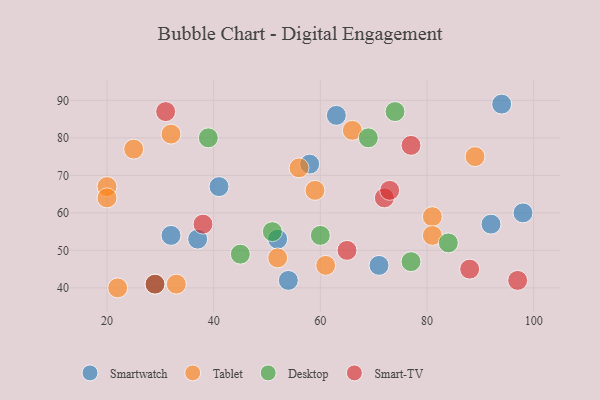
{"axis": {"x": "GDP", "y": "Life Expectancy"}, "legend": ["Desktop", "Smart-TV", "Smartwatch", "Tablet"], "data": [{"x": "71", "y": 46, "type": "Smartwatch"}, {"x": "52", "y": 53, "type": "Smartwatch"}, {"x": "92", "y": 57, "type": "Smartwatch"}, {"x": "63", "y": 86, "type": "Smartwatch"}, {"x": "32", "y": 54, "type": "Smartwatch"}, {"x": "37", "y": 53, "type": "Smartwatch"}, {"x": "41", "y": 67, "type": "Smartwatch"}, {"x": "58", "y": 73, "type": "Smartwatch"}, {"x": "94", "y": 89, "type": "Smartwatch"}, {"x": "98", "y": 60, "type": "Smartwatch"}, {"x": "54", "y": 42, "type": "Smartwatch"}, {"x": "66", "y": 82, "type": "Tablet"}, {"x": "20", "y": 67, "type": "Tablet"}, {"x": "25", "y": 77, "type": "Tablet"}, {"x": "33", "y": 41, "type": "Tablet"}, {"x": "32", "y": 81, "type": "Tablet"}, {"x": "81", "y": 59, "type": "Tablet"}, {"x": "81", "y": 54, "type": "Tablet"}, {"x": "22", "y": 40, "type": "Tablet"}, {"x": "20", "y": 64, "type": "Tablet"}, {"x": "52", "y": 48, "type": "Tablet"}, {"x": "59", "y": 66, "type": "Tablet"}, {"x": "89", "y": 75, "type": "Tablet"}, {"x": "61", "y": 46, "type": "Tablet"}, {"x": "56", "y": 72, "type": "Tablet"}, {"x": "74", "y": 87, "type": "Desktop"}, {"x": "45", "y": 49, "type": "Desktop"}, {"x": "51", "y": 55, "type": "Desktop"}, {"x": "77", "y": 47, "type": "Desktop"}, {"x": "69", "y": 80, "type": "Desktop"}, {"x": "29", "y": 41, "type": "Desktop"}, {"x": "84", "y": 52, "type": "Desktop"}, {"x": "60", "y": 54, "type": "Desktop"}, {"x": "39", "y": 80, "type": "Desktop"}, {"x": "65", "y": 50, "type": "Smart-TV"}, {"x": "77", "y": 78, "type": "Smart-TV"}, {"x": "97", "y": 42, "type": "Smart-TV"}, {"x": "31", "y": 87, "type": "Smart-TV"}, {"x": "29", "y": 41, "type": "Smart-TV"}, {"x": "72", "y": 64, "type": "Smart-TV"}, {"x": "88", "y": 45, "type": "Smart-TV"}, {"x": "38", "y": 57, "type": "Smart-TV"}, {"x": "73", "y": 66, "type": "Smart-TV"}]}